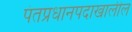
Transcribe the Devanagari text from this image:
पंतप्रधानपदाखालील